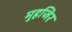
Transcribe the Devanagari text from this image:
मुहजिर